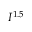
I ^ { 1 . 5 }